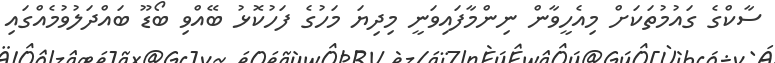
ސާކްގެ ގައުމުތަކަށް މިއެހީވާން ނިންމާފައިވަނީ މިދިޔަ މަހުގެ ފަހުކޮޅު ބޭއްވި ބޯޑޫ ބައްދަލުވުމެއްގައި